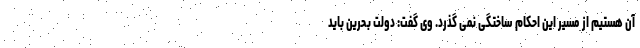
آن هستیم از مسیر این احکام ساختگی نمی گذرد. وی گفت: دولت بحرین باید